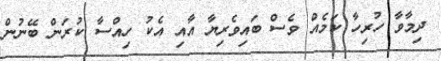
ދިމާވާ ހުރިހާ ކަމެއް ވެސް ބައިވެރިޔާ އާއި އެކު ހިއްސާ ކުރަން ބޭނުން